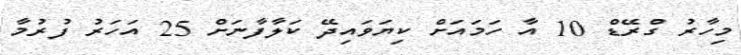
މިހާރު ގްރޭޑް 10 އާ ހަމައަށް ކިޔަވައިދޭ ކަލާފާނަށް 25 އަހަރު ފުރުމާ